Memorandum on the prevention of leprosy by segregation of the affected
Disease focus: Leprosy
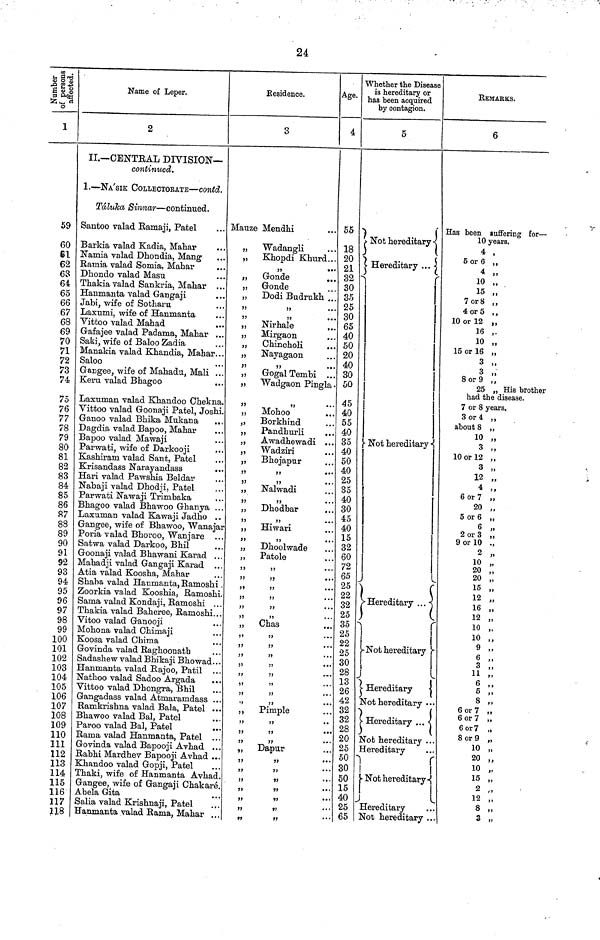
24
Number of persons
affected.
1
59
60
61
62
63
64
65
66
67
68
69
70
71
72
73
74
75
76
77
78
79
80
81
82
83
84
85
86
87
88
89
90
91
92
93
94
95
96
97
98
99
100
101
102
103
104
105
106
107
108
109
110
111
112
113
114
115
116
117
118
Name of Leper.
2
II.— CENTRAL DIVISION—
continued.
I.—NA'SIK COLLECTORATE — contd.
Táluka Sinnar — continued.
Santoo valad Ramaji" Patel
Barkia valad Kadia" Mahar
...
Namia valad Dhondia" Mang
Ramia valad Somia. Mahar
Dhondo valad Masu
Thakia valad Sankria" Mahar ...
Hanmanta valad Gangaji
Jabi" wife of Sotharu
Laxumi" wife of Hanmanta
Vittoo valad Mahad
Gafajee valad Padama" Mahar ..
Saki" wife of Baloo Zadia
Manakia valad Khandia" Mahar ..
Saloo
Gangee" wife of Mahadu" Mali ..
Keru valad Bhagoo
Laxuman valad Khandoo Chekna.
Vittoo valad Goonaji Patel" Joshi.
Ganoo valad Bhika Mukana
...
Dagdia valad Bapoo" Mahar
Bapoo valad Mawaji
Parwati" wife of Darkooji
Kashiram valad Sant" Patel
Krisandass Narayandass
Hari valad Pawshia Beldar
Nabaji valad Dhodji" Patel
Parwati Nawaji Trimbaka
Bhagoo valad Bhawoo Ghanya .
Laxurnan valad Kawaji Jadho
Gangee" wife of Bhawoo" Wanaja
Poria valad Bhoroo" Wanjare
Satwa valad Darkoo" Bhil
Goonaji valad Bhawani Karad ..
Mahadji valad Gangaji Karad
Atia valad Koosha" Mahar
Shaba valad Hanmanta" Ramoshi
Zoorkia valad Kooshia" Ramoshi
Sama valad Kondaji" Ramoshi . .
Thakia valad Baheree" Ramoshi. .
Vitoo valad Ganooji
Mohona valad Chimaji
Koosa valad Chima
Govinda valad Raghoonath
Sadashew valad Bhikaji Bhowad. .
Hanmanta valad Rajoo" Patil
Nathoo valad Sadoo Argada
Vittoo valad Dhongra" Bhil
Gangadass valad Atmaramdass .
Ramkrishna valad Bala" Patel .
Bhawoo valad Bal" Patel
Paroo valad Bal" Patel
Rama valad Hanmanta" Patel
Govinda valad Bapooji Avhad
Rabhi Mardhev Bapooji Avhad .
Khandoo valad Gopji" Patel
Thaki" wife of Hanmanta Avhad
Gangee" wife of Gangaji Chakaré
Abela Gita
Salia valad Krishnaji" Patel
Hanmanta valad Rama" Mahar .
Residence.
3
Mauze Mendhi
„ Wadangli
„ Khopdi Khurd...
"
„
Gonde
„ Gonde
„ Dodi Budrukh ...
„
Nirhale
„
Mirgaon
„
Chincholi
„
Nayagaon
"
"
"
„
Gogal Tembi ...
„ Wadgaon Pingla
„
Mohoo
„ Borkhind
"
Pandhurli
"
Awadhewadi ...
"
Wadziri
Bhojapur
"
...
Nalwadi
Dhodbar
"
Hiwari
Dhoolwade
Patole
"
"
"
"
Chas
"
35
"
•'
..
Pimple
"
••
"
"
"
"
Dapur
"
"
"
• •
"
"
"
..
"
"
"
"
"
"
"
"
Age.
4
55
18
20
21
32
30
35
25
30
65
40
50
20
40
30
50
45
40
55
40
35
40
50
40
25
35
40
30
45
40
15
32
60
72
65
25
22
32
25
35
25
22
25
30
28
13
26
42
32
32
28
20
25
50
30
50
15
40
25
65
Whether the Disease
is hereditary or
has been acquired
by contagion.
5
Not hereditary
Hereditary
Not hereditary
Hereditary
.
Not hereditary
Hereditary
Not hereditary ••
Hereditary
Not hereditary .
Hereditary
Not hereditary-
Hereditary
Not hereditary .
REMARKS.
6
Has been suffering for —
10 years.
4
5 or 6
4
10 "
15 "
7 or 8 "
4 or 5 "
10 or 12 "
16 .
10 "
15 or 16 "
3 "
3
8 or 9
25 „ His brother
had the disease.
7 or 8 years.
3 or 4 "
about 8 "
10
3
10 or 12
3
12
4
6 or 7
20
5 or 6
2 or 3
9 or 10
2
10
20
20
15
12
16
12
10
10
9
6
3
11
6
5
6 . or 7
or 7
6 or 7
6 or 7
6 or 7
8 or 9
1 A
10
20
20 "
10 „
15 „
2 „
12 „
8 „
3 „